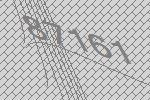
87161